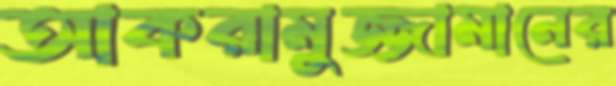
আকরামুজ্জামানের